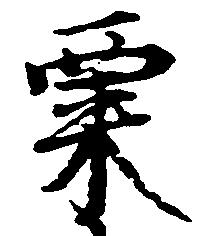
粟